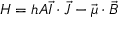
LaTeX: H = h A { \vec { I } } \cdot { \vec { J } } - { \vec { \mu } } \cdot { \vec { B } }